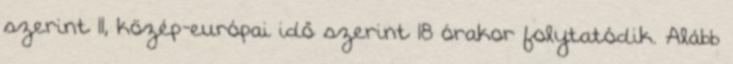
szerint 11, közép-európai idő szerint 18 órakor folytatódik. Alább